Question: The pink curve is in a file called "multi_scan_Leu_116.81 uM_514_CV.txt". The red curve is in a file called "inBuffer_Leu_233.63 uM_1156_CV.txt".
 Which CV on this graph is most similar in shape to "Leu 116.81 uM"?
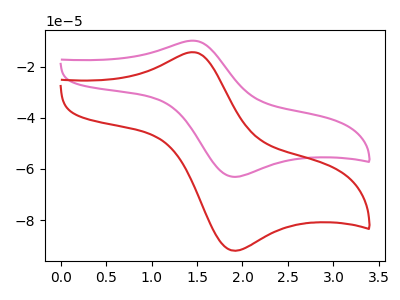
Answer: <think>The pink curve "Leu 116.81 uM" has an anodic peak at (1.45V, -9.85uA) and a cathodic peak at (1.95V, -63.05uA). The red curve "Leu 233.63 uM" has an anodic peak at (1.45V, -14.35uA) and a cathodic peak at (1.95V, -91.95uA).
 All the peaks in "Leu 116.81 uM" have a peak in "Leu 233.63 uM" at the same potential.</think>
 <answer>The CV with the most similar shape to "Leu 233.63 uM" is "Leu 116.81 uM".</answer>
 <eval>"Leu 116.81 uM"</eval>